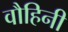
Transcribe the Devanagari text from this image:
वौहिनी